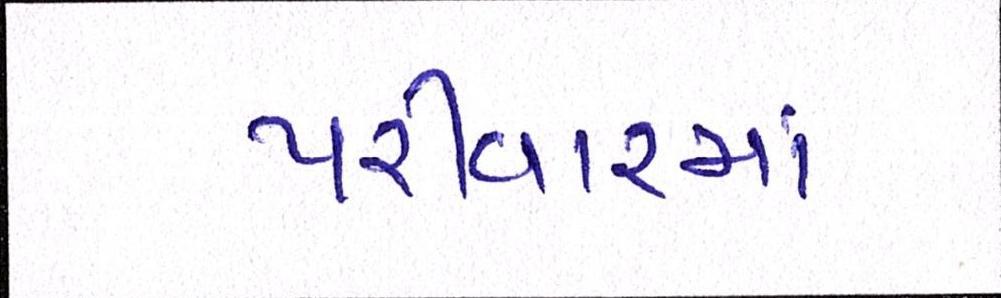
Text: પરીવારમાં